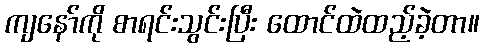
ကျနော်ကို စာရင်းသွင်းပြီး ထောင်ထဲထည့်ခဲ့တာ။